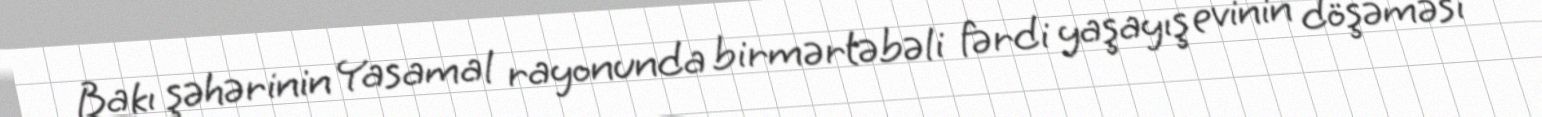
Bakı şəhərinin Yasamal rayonunda birmərtəbəli fərdi yaşayış evinin döşəməsi